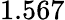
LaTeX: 1.567